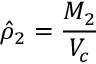
\hat { \rho } _ { 2 } = \frac { M _ { 2 } } { V _ { c } }